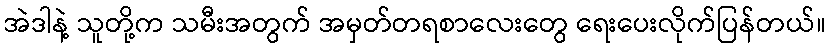
အဲဒါနဲ့ သူတို့က သမီးအတွက် အမှတ်တရစာလေးတွေ ရေးပေးလိုက်ပြန်တယ်။